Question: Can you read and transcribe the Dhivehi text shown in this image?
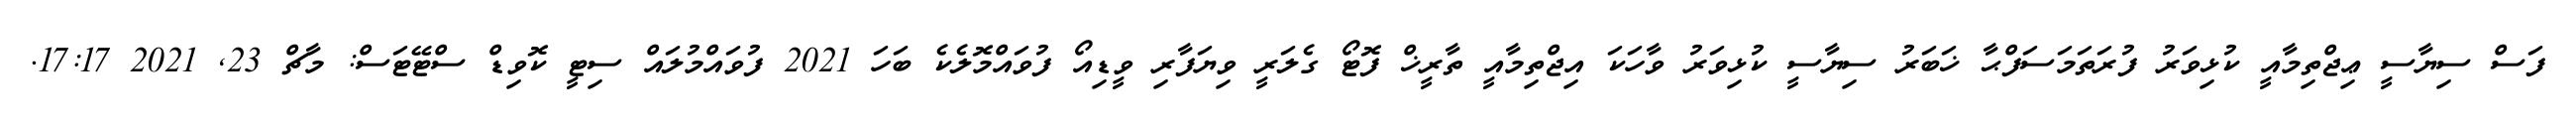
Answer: ފަސް ސިޔާސީ ޢިޖްތިމާއީ ކުޅިވަރު ފުރަތަމަސަފްޙާ ޚަބަރު ސިޔާސީ ކުޅިވަރު ވާހަކަ އިޖްތިމާއީ ތާރީޚް ފޮޓޯ ގެލަރީ ވިޔަފާރި ވީޑިއޯ ފުވައްމޮލެކެ ބަހަ 2021 ފުވައްމުލައް ސިޓީ ކޮވިޑް ސްޓޭޓަސް: މާޗް 23, 2021 17:17.